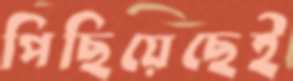
পিছিয়েছেই